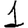
Digit: 1